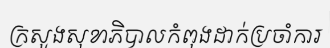
ក្រសួងសុខាភិបាលកំពុងដាក់ប្រចាំការ